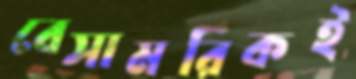
বেসামরিকই